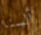
ألسنا